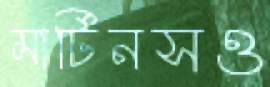
মার্টিনসও